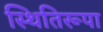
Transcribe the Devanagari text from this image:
स्थितिरूपा